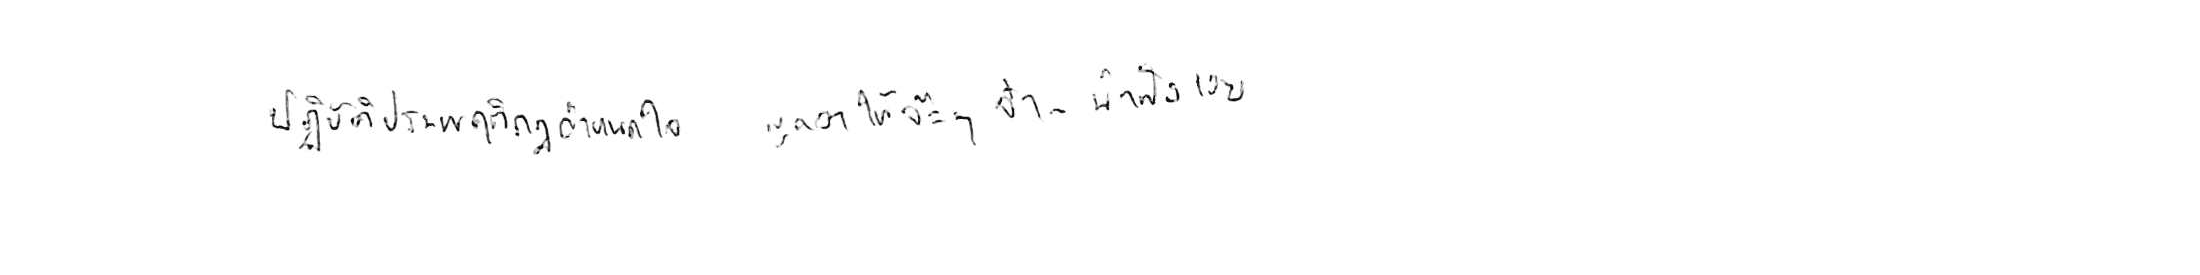
ปฏิบัติประพฤติกฎกำหนดใจ พูดจาให้จ๊ะๆ จ๋า น่าฟังเอยฯ